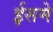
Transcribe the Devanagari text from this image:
ईसमे